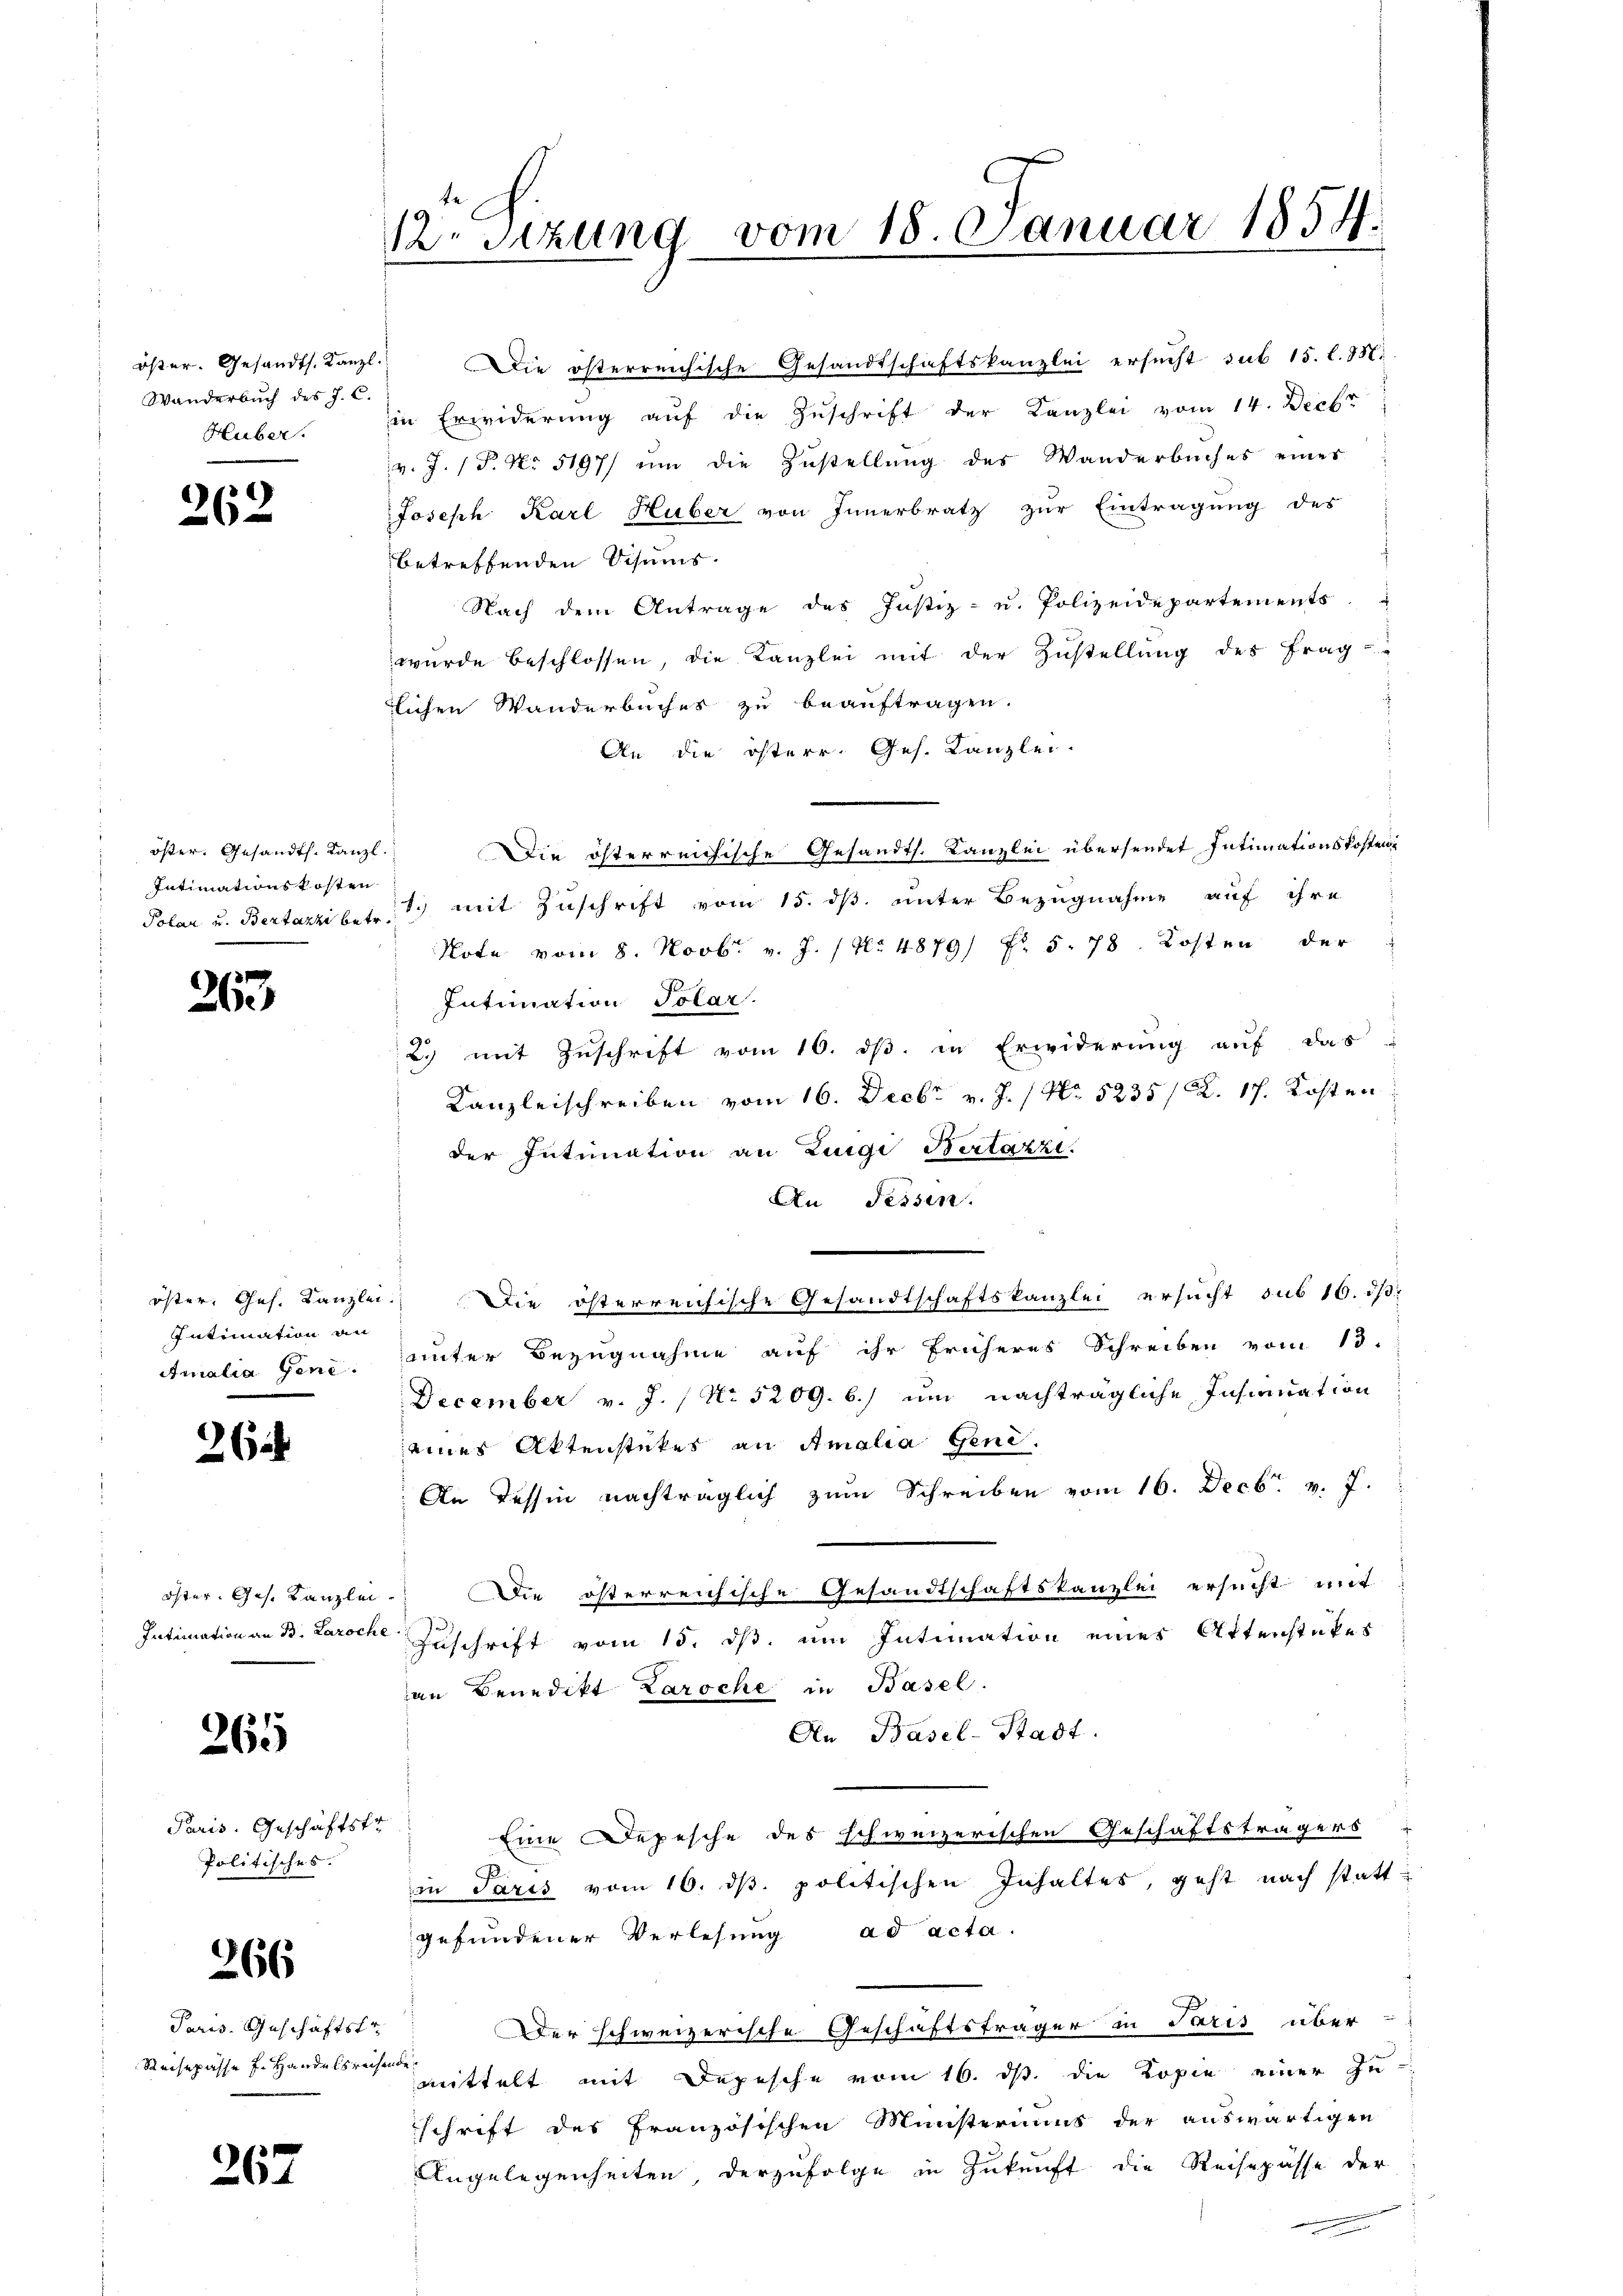
Wanderbuch des J. C.
Huber.

.
262

öster. Gesandt. Kanzl
Intimationskosten

263

Intimation an

26

265

Paris. Geschäftstr
Politisches.

266

Paris. Geschäftstr

267

12. Sizung vom 18. Januar 1854.

öster. Gesandts. Kanzl. Die österreichische Gesandtschaftskanzlei ersucht sub 15. l. 95.
in Erwiderung aŭf die Zuschrift der Kanzlei vom 14. Decbr
v. J. P. Nr. 5197/ um die Zustellung des Wanderbuches eines
Joseph Karl Huber von Innerbratz zur Eintragung des
betreffenden Visums
Nach dem Antrage des Justiz- u. Polizeidepartements
wurde beschlossen, die Kanzlei mit der Zustellung des Frag-
lichen Wanderbuches zu beauftragen.
An die österr. Ges. Kanzlei-
Die österreichische Gesandts. Kanzlei übersendet Intimationskosten
Polar u. Bertarzibet mit Zuschrift vom 15. ds. unter Bezugnahme auf ihre
Note vom 8. Novbr. v. J. / No 4879/ Fr. 5. 78. Kosten der
Intimation Polar.
2. mit Zuschrift vom 10. dβ in Erwiderung auf das
Kanzleischreiben vom 16. Decbr v. J. 1 No 5235/ R. 17. Kosten
der Intimation an Zigi Bertazzi.
An Fessen.
öster, Ges. Kanzlei. Die österreichische Gesandtschaftskanzlei ersucht sub 16. ds.
Amalia Geni, unter Bezugnahme auf ihr früheres Schreiben vom 13.
December v. J. / No 5209. b.) um nachträgliche Insinuation
eines Aktenstückes an Amalia Gene
An dessin nachträglich zum Schreiben vom 16. Decbr. v. 7.
Oster. Ges. Kanzlei. Die österreichische Gesandtschaftskanzlei ersucht mit
Intimation an B. Laroche Zuschrift vom 15. ds, um Intimation eines Attenstükes
an Benedikt Laroche in Basel.
An Basel-Stadt.
Eine Depesche des schweizerischen Geschäftsträgers
in Paris vom 16. ds. politischen Inhaltes, geht nach statt
gefundener Verlesung ad acta.
Der schweizerische Geschäftsträger in Paris über
Reisepässe f. Handelsrechen mittelt mit Depesche vom 16. ds. die Kopie einer Zu-
schrift des französischen Ministeriums der auswärtigen
Angelegenheiten, derzufolge in Zukunft die Reisepässe der